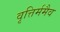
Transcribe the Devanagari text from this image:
वृत्तिर्ममैव